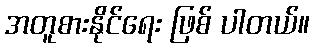
အတူစားနိုင်ရေး ဖြစ် ပါတယ်။